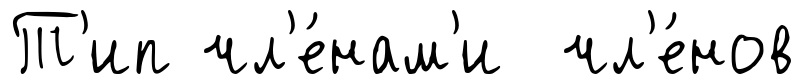
Т'ип чл'е́нам'и чл'е́нов